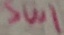
Text: SW1